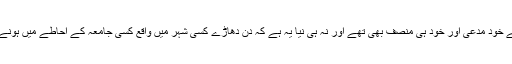
اس میں نیا یہ نہیں کہ مرنے والے پر الزام غلط تھا یا الزام لگانے والے خود مدعی اور خود ہی منصف بھی تھے اور نہ ہی نیا یہ ہے کہ دن دھاڑے کسی شہر میں واقع کسی جامعہ کے احاطے میں ہونے والے اس واقعہ میں ریاست اور اس کے ادارے بے دوست و پا تھے۔